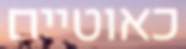
כאוטיים